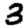
Digit: 3